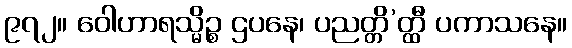
၉၇၂။ ဝေါဟာရသ္မိဉ္စ ဌပနေ၊ ပညတ္တိ’တ္ထီ ပကာသနေ။